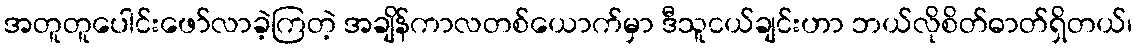
အတူတူပေါင်းဖော်လာခဲ့ကြတဲ့ အချိန်ကာလတစ်ယောက်မှာ ဒီသူငယ်ချင်းဟာ ဘယ်လိုစိတ်ဓာတ်ရှိတယ်၊